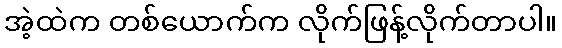
အဲ့ထဲက တစ်ယောက်က လိုက်ဖြန့်လိုက်တာပါ။